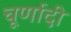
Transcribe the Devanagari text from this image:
चूर्णादी